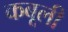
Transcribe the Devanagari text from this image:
कबूली